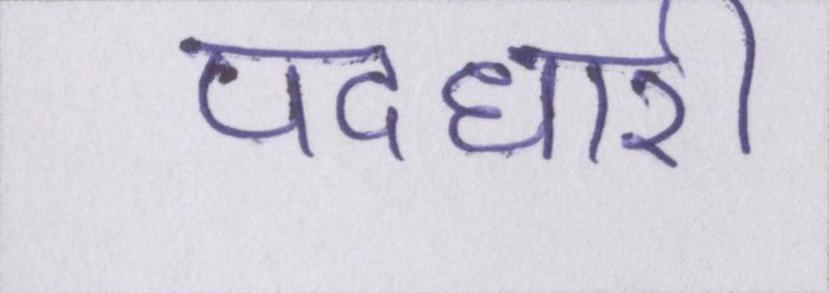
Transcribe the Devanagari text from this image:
पदधारी